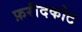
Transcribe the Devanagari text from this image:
फ़रीदकोट